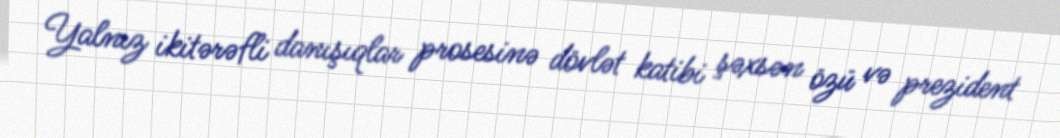
Yalnız ikitərəfli danışıqlar prosesinə dövlət katibi şəxsən özü və prezident